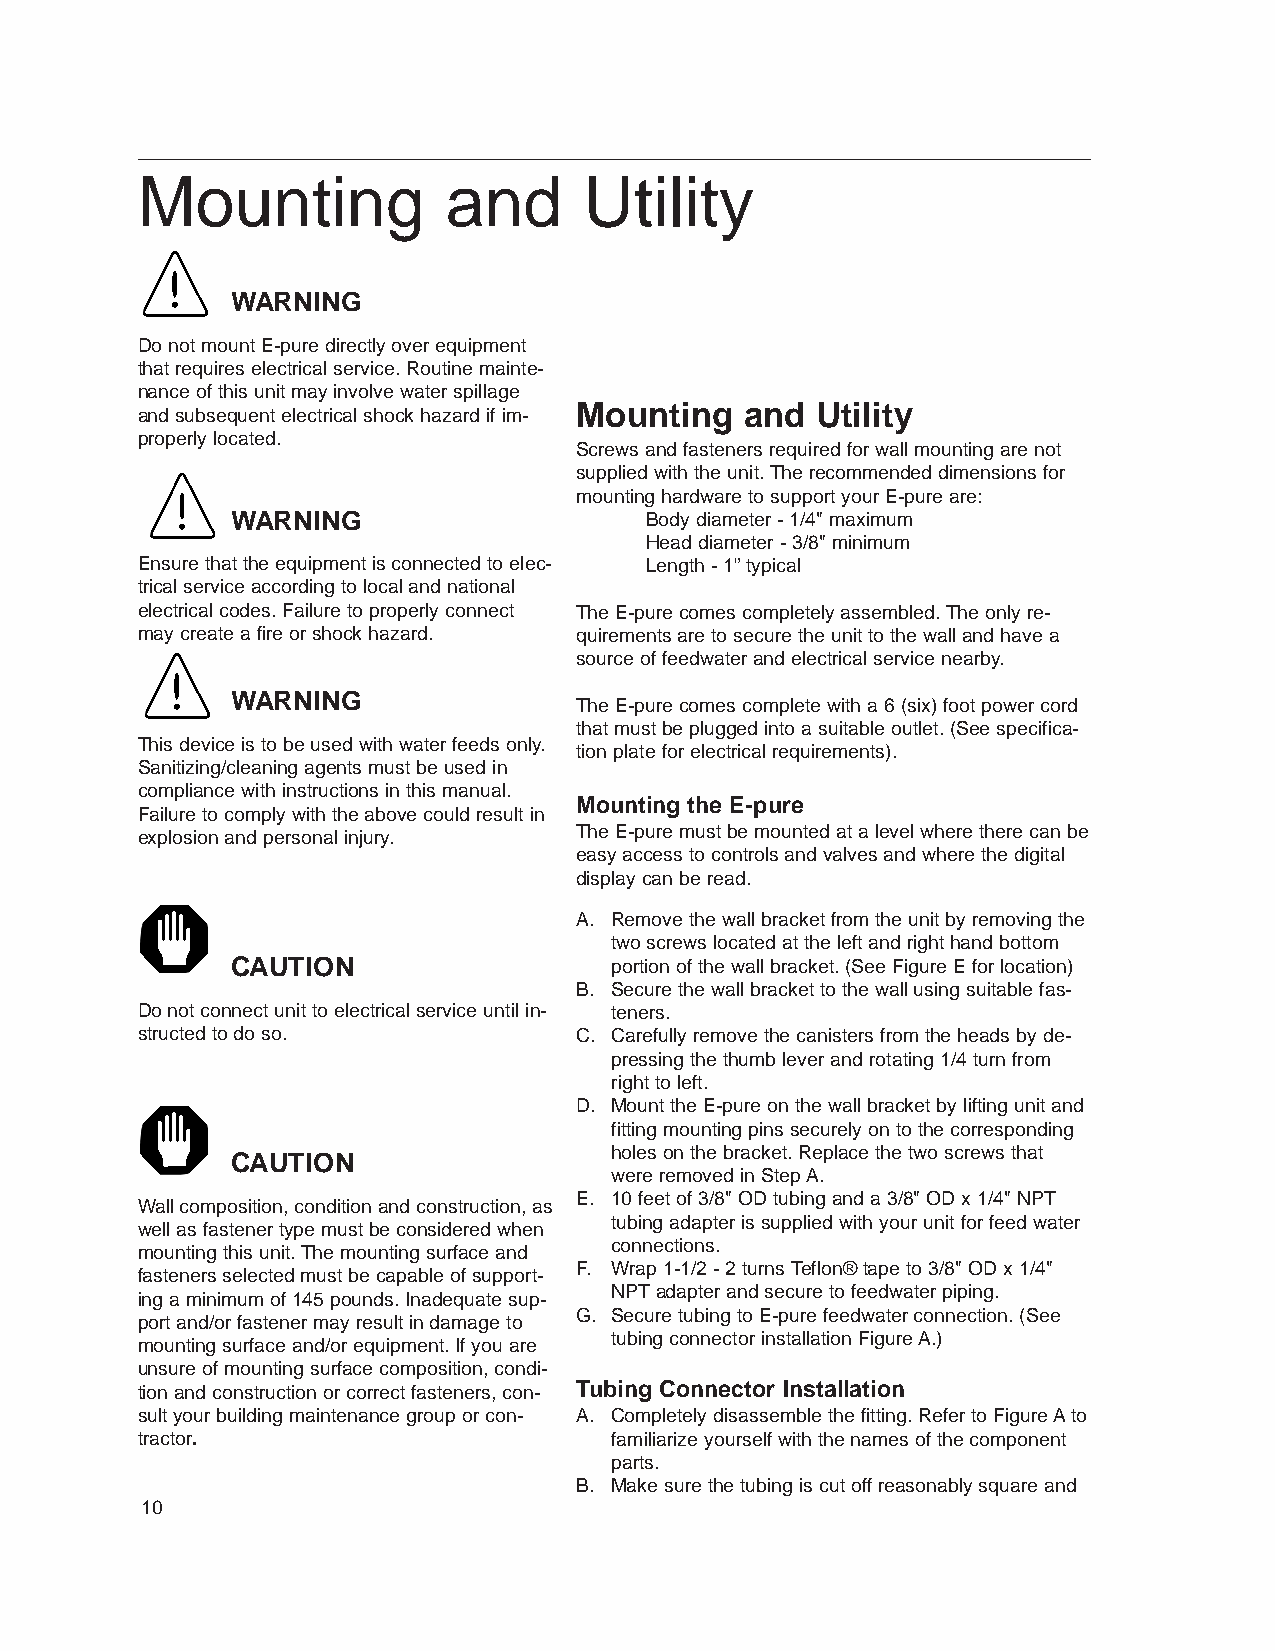
Mounting             and      Utility
 WARNING
 Do not mount E-pure directly over equipment
 that requires electrical service. Routine mainte-
 nance of this unit may involve water spillage
 Mounting   and  Utility
 and subsequent electrical shock hazard if im-
 properly located.
 Screws and fasteners required for wall mounting are not
 supplied with the unit. The recommended dimensions for
 mounting hardware to support your E-pure are:
 WARNING                     Body diameter - 1/4" maximum
 Head diameter - 3/8" minimum
 Ensure that the equipment is connected to elec- Length - 1” typical
 trical service according to local and national
 electrical codes. Failure to properly connect The E-pure comes completely assembled. The only re-
 may create a fire or shock hazard. quirements are to secure the unit to the wall and have a
 source of feedwater and electrical service nearby.
 WARNING
 The E-pure comes complete with a 6 (six) foot power cord
 that must be plugged into a suitable outlet. (See specifica-
 This device is to be used with water feeds only.
 tion plate for electrical requirements).
 Sanitizing/cleaning agents must be used in
 compliance with instructions in this manual.
 Mounting the E-pure
 Failure to comply with the above could result in
 explosion and personal injury. The E-pure must be mounted at a level where there can be
 easy access to controls and valves and where the digital
 display can be read.
 A. Remove the wall bracket from the unit by removing the
 two screws located at the left and right hand bottom
 CAUTION                  portion of the wall bracket. (See Figure E for location)
 B. Secure the wall bracket to the wall using suitable fas-
 Do not connect unit to electrical service until in- teners.
 structed to do so.           C. Carefully remove the canisters from the heads by de-
 pressing the thumb lever and rotating 1/4 turn from
 right to left.
 D. Mount the E-pure on the wall bracket by lifting unit and
 fitting mounting pins securely on to the corresponding
 holes on the bracket. Replace the two screws that
 CAUTION
 were removed in Step A.
 E. 10 feet of 3/8" OD tubing and a 3/8" OD x 1/4" NPT
 Wall composition, condition and construction, as
 tubing adapter is supplied with your unit for feed water
 well as fastener type must be considered when
 connections.
 mounting this unit. The mounting surface and
 F. Wrap 1-1/2 - 2 turns Teflon®tape to 3/8" OD x 1/4"
 fasteners selected must be capable of support-
 NPTadapter and secure to feedwater piping.
 ing a minimum of 145 pounds. Inadequate sup-
 G. Secure tubing to E-pure feedwater connection. (See
 port and/or fastener may result in damage to
 tubing connector installation Figure A.)
 mounting surface and/or equipment. If you are
 unsure of mounting surface composition, condi-
 tion and construction or correct fasteners, con- Tubing Connector Installation
 sult your building maintenance group or con- A. Completely disassemble the fitting. Refer to Figure Ato
 tractor.                       familiarize yourself with the names of the component
 parts.
 B. Make sure the tubing is cut off reasonably square and
 10